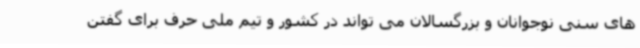
های سنی نوجوانان و بزرگسالان می تواند در کشور و تیم ملی حرف برای گفتن